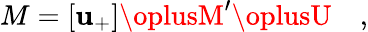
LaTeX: M=\left[\mathbf{u}_{+}\right]\oplusM^{\prime}\oplusU\quad,